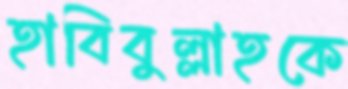
হাবিবুল্লাহকে